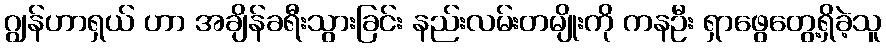
ဂျွန်ဟာရှယ် ဟာ အချိန်ခရီးသွားခြင်း နည်းလမ်းတမျိုးကို ကနဦး ရှာဖွေတွေ့ရှိခဲ့သူ